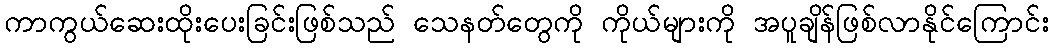
ကာကွယ်ဆေးထိုးပေးခြင်းဖြစ်သည် သေနတ်တွေကို ကိုယ်များကို အပူချိန်ဖြစ်လာနိုင်ကြောင်း